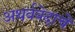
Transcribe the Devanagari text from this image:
अथर्ववेदाचें